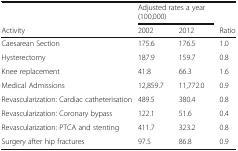
|  | <COLSPAN=2> Adjusted rates a year (100,000) |  |
 | Activity | 2002 | 2012 | Ratio |
 | --- | --- | --- | --- |
 | Caesarean Section | 175.6 | 176.5 | 1.0 |
 | Hysterectomy | 187.9 | 159.7 | 0.8 |
 | Knee replacement | 41.8 | 66.3 | 1.6 |
 | Medical Admissions | 12,859.7 | 11,772.0 | 0.9 |
 | Revascularization: Cardiac catheterisation | 489.5 | 380.4 | 0.8 |
 | Revascularization: Coronary bypass | 122.1 | 51.6 | 0.4 |
 | Revascularization: PTCA and stenting | 411.7 | 323.2 | 0.8 |
 | Surgery after hip fractures | 97.5 | 86.8 | 0.9 |